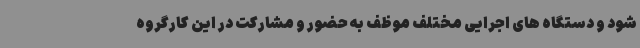
شود و دستگاه های اجرایی مختلف موظف به حضور و مشارکت در این کارگروه